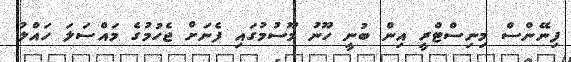
ފިނޭންސް މިނިސްޓްރީ އިން ބުނީ ހޫނު މޫސުމުގައި ފެނަށް ޖެހުމުގެ މައްސަލަ ހައްލު